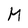
Character: M